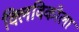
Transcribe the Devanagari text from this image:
क्लिविकोला